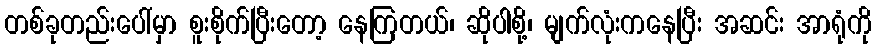
တစ်ခုတည်းပေါ်မှာ စူးစိုက်ပြီးတော့ နေကြတယ်၊ ဆိုပါစို့၊ မျက်လုံးကနေပြီး အဆင်း အာရုံကို